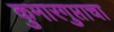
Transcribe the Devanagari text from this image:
कुमारगुप्ताचा